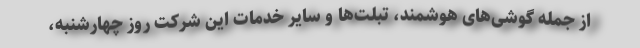
از جمله گوشی‌های هوشمند، تبلت‌ها و سایر خدمات این شرکت روز چهارشنبه،